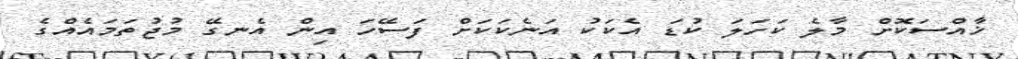
ޚާއްސަކޮށް މާލެ ކަހަލަ ކުޑަ އެކަކު އަނެކަކަށް ފަސޭހަ އިން އެނގޭ މުޖުތަމައެއްގެ